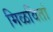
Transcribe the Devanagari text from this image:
मिळवितां